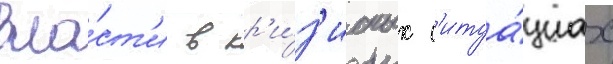
вла́ст'и в кр'и́з'исных с'итуа́циах